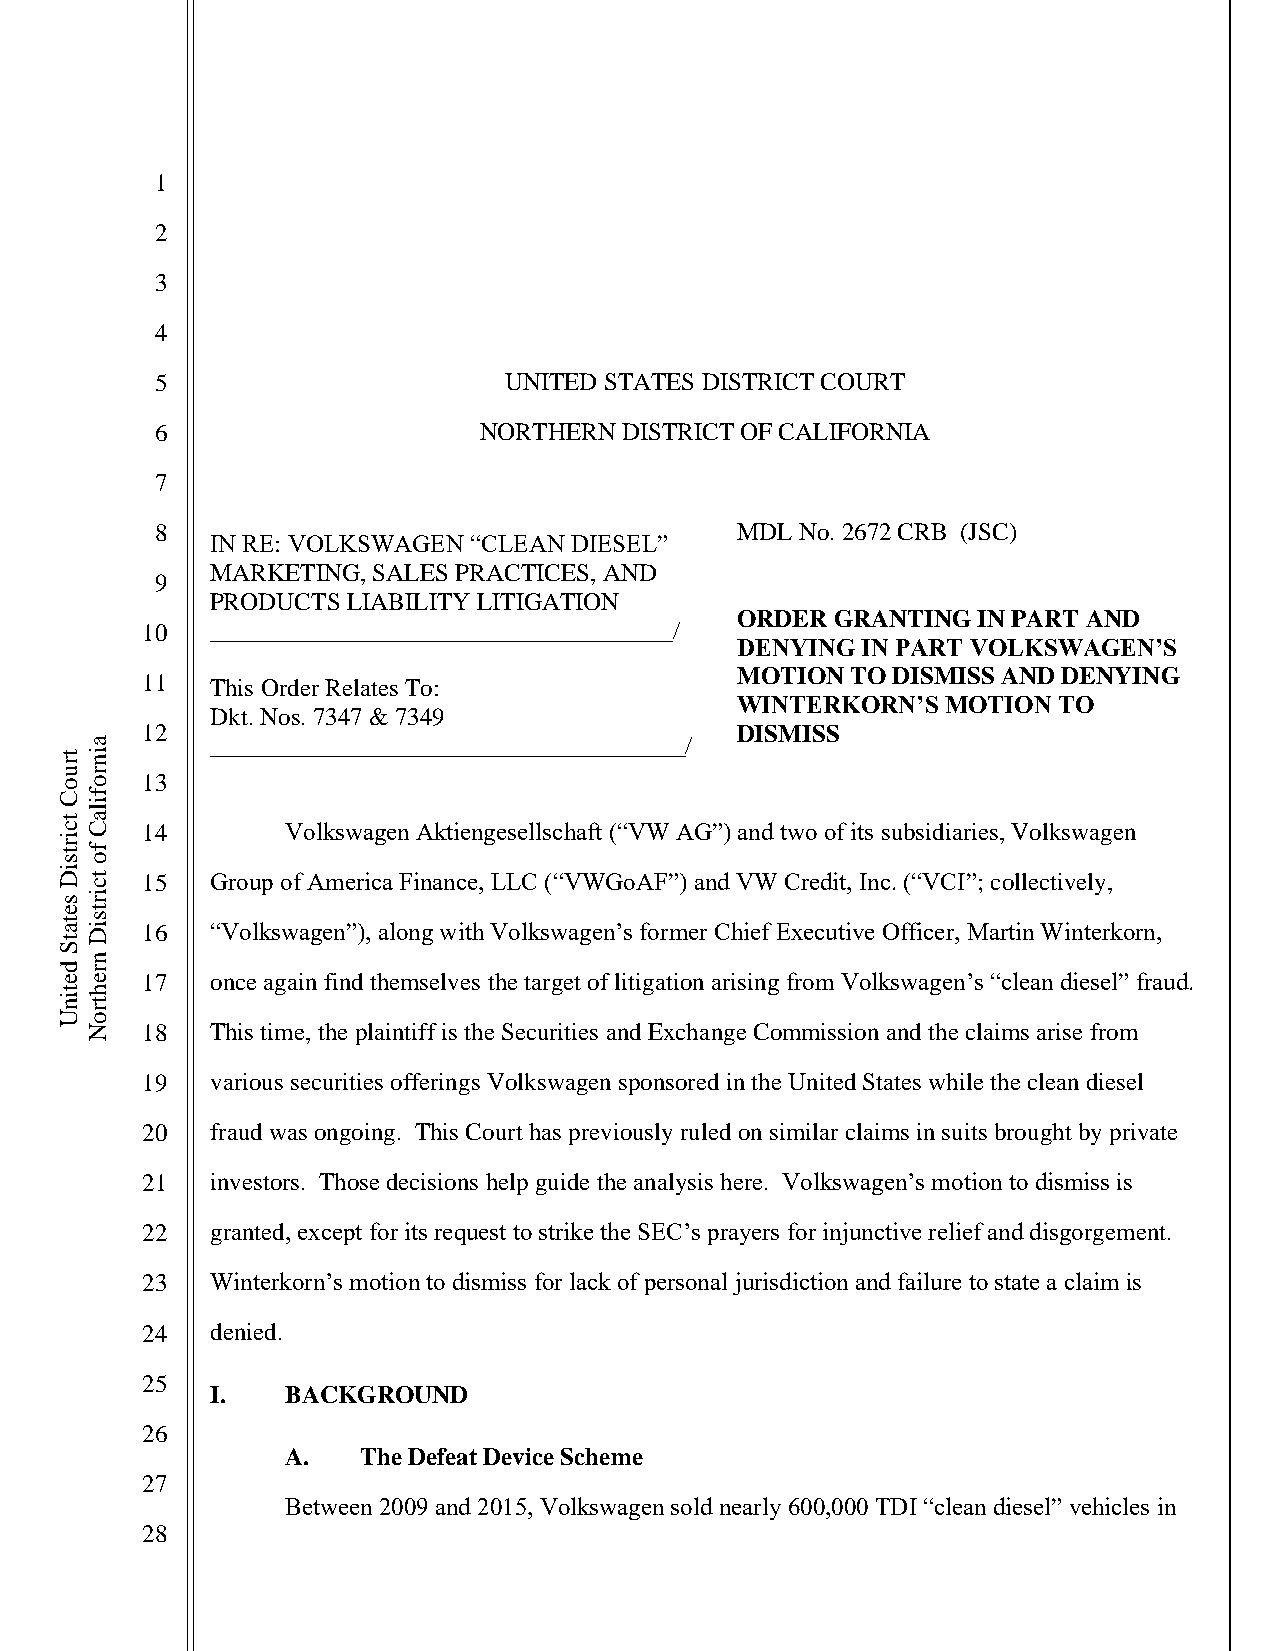
1
 2
 3
 4
 5                      UNITED STATES DISTRICT COURT
 6                     NORTHERN DISTRICT OF CALIFORNIA
 7
 8                                      MDL No. 2672 CRB (JSC)
 IN RE: VOLKSWAGEN “CLEAN DIESEL”
 MARKETING, SALES PRACTICES, AND
 9
 PRODUCTS LIABILITY LITIGATION
 ORDER GRANTING  IN PART AND
 10   _____________________________________/
 DENYING IN PART VOLKSWAGEN’S
 MOTION TO DISMISS AND DENYING
 11   This Order Relates To:
 WINTERKORN’S  MOTION TO
 Dkt. Nos. 7347 & 7349
 12                                      DISMISS
 ______________________________________/
 13
 14        Volkswagen Aktiengesellschaft (“VW AG”) and two of its subsidiaries, Volkswagen
 15   Group of America Finance, LLC (“VWGoAF”) and VW Credit, Inc. (“VCI”; collectively,
 16   “Volkswagen”), along with Volkswagen’s former Chief Executive Officer, Martin Winterkorn,
 17   once again find themselves the target of litigation arising from Volkswagen’s “clean diesel” fraud.
 18   This time, the plaintiff is the Securities and Exchange Commission and the claims arise from
 19   various securities offerings Volkswagen sponsored in the United States while the clean diesel
 20   fraud was ongoing. This Court has previously ruled on similar claims in suits brought by private
 21   investors. Those decisions help guide the analysis here. Volkswagen’s motion to dismiss is
 22   granted, except for its request to strike the SEC’s prayers for injunctive relief and disgorgement.
 23   Winterkorn’s motion to dismiss for lack of personal jurisdiction and failure to state a claim is
 24   denied.
 25
 I.   BACKGROUND
 26
 A.   The Defeat Device Scheme
 27
 Between 2009 and 2015, Volkswagen sold nearly 600,000 TDI “clean diesel” vehicles in
 28
 truoC
 tcirtsiD
 setatS
 detinU
 ainrofilaC
 fo
 tcirtsiD
 nrehtroN